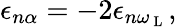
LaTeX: \epsilon_{n\alpha}=-2\epsilon_{n\omega_{\mathrm{~L~}}},